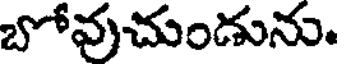
బోవుచుండును.